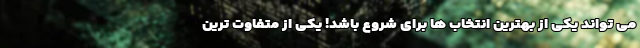
می تواند یکی از بهترین انتخاب ها برای شروع باشد! یکی از متفاوت ترین